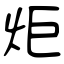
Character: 炬